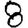
Digit: 8